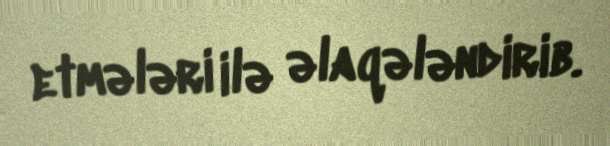
etmələri ilə əlaqələndirib.